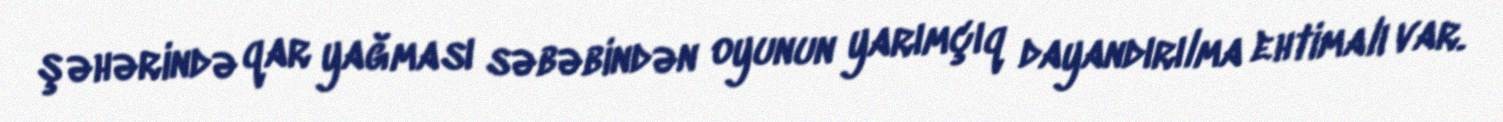
şəhərində qar yağması səbəbindən oyunun yarımçıq dayandırılma ehtimalı var.